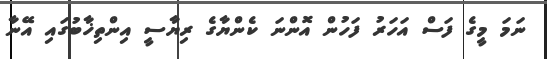
ނަމަ މީގެ ފަސް އަހަރު ފަހުން އޮންނަ ކެންޔާގެ ރިޔާސީ އިންތިޚާބުގައި އޭނާ